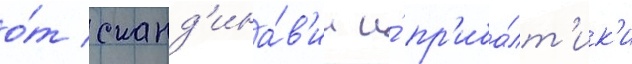
о́т сканд'ина́в'ии и́ пр'иба́лт'ик'и